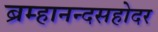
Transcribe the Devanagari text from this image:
ब्रम्हानन्दसहोदर